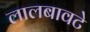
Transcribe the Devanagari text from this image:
लालबावटे